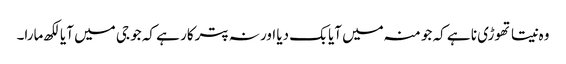
وہ نیتا تھوڑی نا ہے کہ جو منہ میں آیا بک دیا اور نہ پترکار ہے کہ جو جی میں آیا لکھ مارا۔